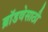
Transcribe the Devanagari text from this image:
ब्रॉडवेसाठी